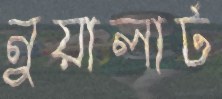
নুয়ালার্ট